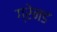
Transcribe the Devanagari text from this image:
ग्रेनड